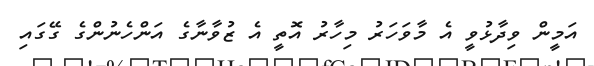
އަމީން ވިދާޅުވީ އެ މާވަހަރު މިހާރު އޮތީ އެ ޒުވާނާގެ އަންހެނުންގެ ގޭގައި